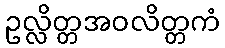
ဥလ္လိတ္တအဝလိတ္တကံ